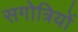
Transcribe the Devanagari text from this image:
सगोत्रियों